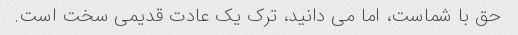
حق با شماست، اما می دانید، ترک یک عادت قدیمی سخت است.